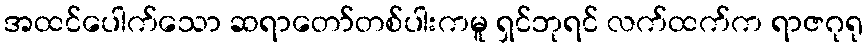
အထင်ပေါက်သော ဆရာတော်တစ်ပါးကမူ ရှင်ဘုရင် လက်ထက်က ရာဇဂုရု